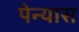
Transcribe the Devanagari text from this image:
पेन्यास